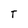
Character: T